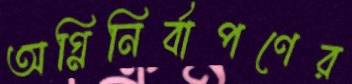
অগ্নিনির্বাপণের